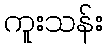
ကူးသန်း